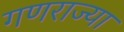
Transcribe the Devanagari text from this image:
गणराज्या